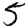
Digit: 5